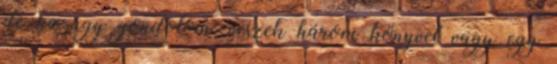
de ha úgy gondolom, veszek három könyvet vagy egy